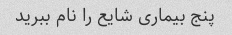
پنج بیماری شایع را نام ببرید